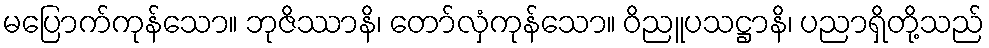
မပြောက်ကုန်သော။ ဘုဇိဿာနိ၊ တော်လှံကုန်သော။ ဝိညူပသဋ္ဌာနိ၊ ပညာရှိတို့သည်